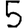
Digit: 5